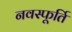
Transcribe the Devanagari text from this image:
नवस्फूर्ति